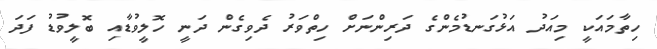
ހިތާމައަކީ މިއަދު އަޅުގަނޑުމެންގެ ދަރިންނަށް ހިތްވަރު ދެވިގެން ދަނީ ހޮލީވުޑާއި ބޮލީވުޑު ފަދަ